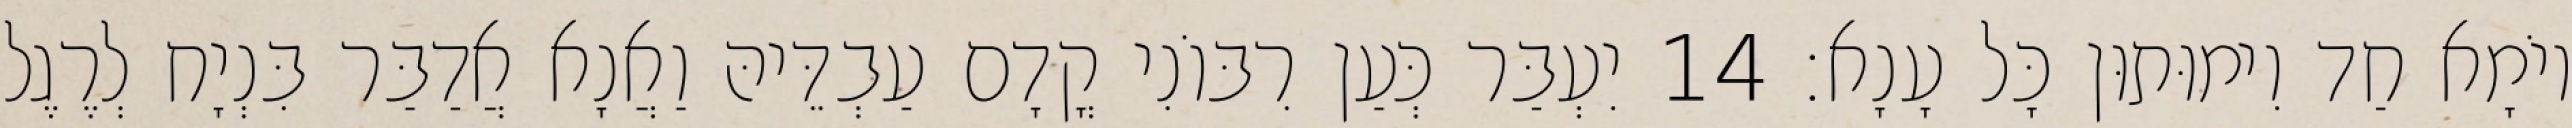
יוֹמָא חַד וִימוּתוּן כָּל עָנָא׃ 14 יִעְבַּר כְּעַן רִבּוֹנִי קֳדָם עַבְדֵּיהּ וַאֲנָא אֲדַבַּר בִּנְיָח לְרֶגֶל